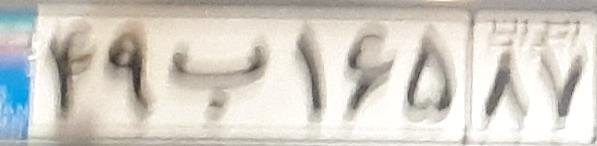
۴۹ب۱۶۵۸۷